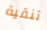
تنقية